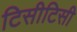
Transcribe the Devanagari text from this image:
टिसीटिसी